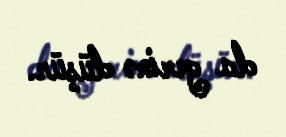
da yerinə düşür.